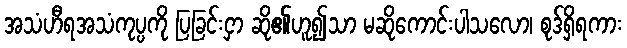
အသံဟီရအသံကုပ္ပကို ပြခြင်းငှာ ဆို၏ဟူ၍သာ မဆိုကောင်းပါသလော၊ စုဒ်ရှိရကား